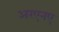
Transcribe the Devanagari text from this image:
अरएनए